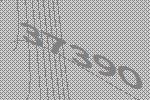
37390